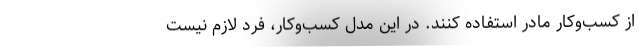
از کسب‌وکار مادر استفاده کنند. در این مدل کسب‌وکار، فرد لازم نیست